system: You are a helpful assistant.
user:
Analyze the provided spectrum to determine if it is a **S-type Star**.

- **Key Indicators for S-type Star:**

    - **(Overall Spectrum Shape):** The first and most obvious characteristic is the overall continuum (the "baseline" shape). It is **extremely "red-sloping,"** meaning the flux (light intensity) is very low on the left side (blue, ~4000-4500 Å) and rises steeply and continuously toward the right side (red, ~7000 Å+).

    - **(Primary):** The spectrum is defined by the presence of strong, broad molecular absorption "valleys" (bands) from **Zirconium Oxide (ZrO)**. The identification of these bands is the **primary requirement** for classifying a star as S-type.
        - **(Key Bandheads):** You must find distinct, deep "dips" where the light has been absorbed. The most critical band systems to locate are:
            - **~6474 Å** ($\gamma$-system): This is often the strongest and clearest ZrO feature, found in the red part of the spectrum.
            - **~5718 Å** & **~5551 Å** ($\beta$-system): A pair of prominent absorption features in the yellow-orange part of the spectrum.
            - **~4640 Å** ($\alpha$-system): A key absorption band system in the blue-green region of the spectrum.

    - **(Secondary Confirmation):** The classification is strengthened by finding additional absorption bands from other related heavy element oxides, which are expected to be present alongside ZrO.
        - **(Key Bandheads):**
            - **Yttrium Oxide (YO):** Look for absorption dips near **~4800 Å** and **~6100 Å**.
            - **Lanthanum Oxide (LaO):** Additional absorption features, particularly in the red-orange part of the spectrum, are also characteristic.

    - **(Line Profile):** The combination of the steep red continuum and these numerous, deep molecular bands (ZrO, YO, etc.) gives the entire spectrum a very **"chopped-up"** or **"bumpy"** appearance. Instead of a smooth curve, the spectrum looks as though large, wide chunks of light have been "carved out" of it at the specific wavelengths listed above.

Think first, call **spectral_visualization_tool** if needed to examine features in detail, then provide your final answer. Your response must adhere to the following strict rules:
1.  **Overall Structure:** Your response must follow the format `<think>...</think> <tool_call>...</tool_call> (if a tool is used) <answer>...</answer>`.
2.  **Tool Usage Constraint:** You may only make **one** tool call per turn.
3.  **Final Answer Format:** In the `<answer>` tag, your conclusion must be inside a `\boxed{}` command (e.g., `\boxed{YES}` or `\boxed{NO}`), followed by your justification.

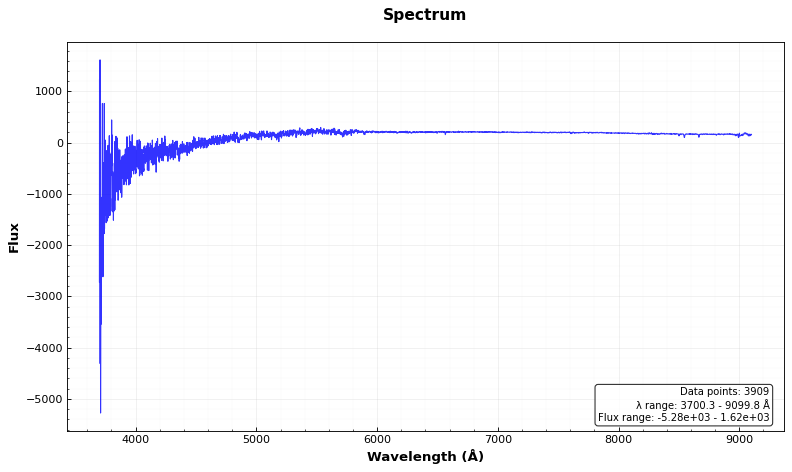
Answer: NO